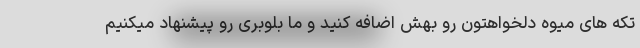
تکه های میوه دلخواهتون رو بهش اضافه کنید و ما بلوبری رو پیشنهاد میکنیم